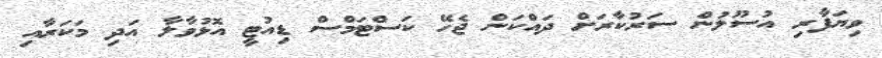
ވިޔަފާރި އުސޫލުން ސަރުކާރަށް ދައްކަން ޖެހޭ ކަސްޓަމްސް ޑިއުޓީ އޮޅުވާލާ އަދި މަކަރާއި